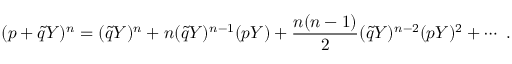
( p + \tilde { q } Y ) ^ { n } = ( \tilde { q } Y ) ^ { n } + n ( \tilde { q } Y ) ^ { n - 1 } ( p Y ) + \frac { n ( n - 1 ) } { 2 } ( \tilde { q } Y ) ^ { n - 2 } ( p Y ) ^ { 2 } + \cdots \ . \nonumber